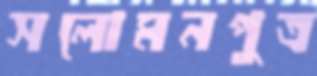
সলোমনপুত্র